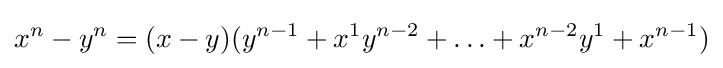
x^{n}-y^{n}=(x-y)(y^{n-1}+x^{1}y^{n-2}+\dotsc +x^{n-2}y^{1}+x^{n-1})